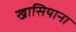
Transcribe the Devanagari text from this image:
खासियाना